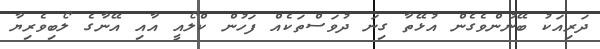
ދަރިއަކު ބޭނުންވެގެން އުޅޭތާ ގިނަ ދުވަސްތަކެއް ފަހުން ކްލޯއީ އާއި އޭނާގެ ލޯބިވެރިޔާ